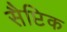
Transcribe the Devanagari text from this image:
सैप्टिक